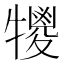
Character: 𤛵